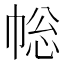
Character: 𢃧